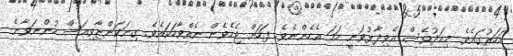
އަހަރުގައެވެ. މިއަދުވެސް އެވިދާޅުވަނީ ހަމަ އެހެންނެވެ. ފަހަށް ޖެހެވެން ނެތްވާހަކައެވެ. ގިނަކަންޏާވިއަސް ހުންނަވާނެ